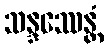
သန္ဒဿေန္တံ